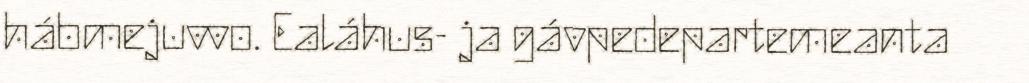
hábmejuvvo. Ealáhus- ja gávpedepartemeanta